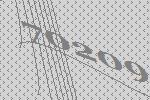
70209